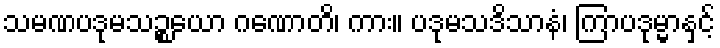
သမဏပဒုမသဉ္စယော ဂဏောတိ၊ ကား။ ပဒုမသဒိသာနံ၊ ကြာပဒုမ္မာနှင့်